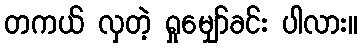
တကယ် လှတဲ့ ရှုမျှော်ခင်း ပါလား။